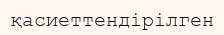
қасиеттендірілген